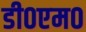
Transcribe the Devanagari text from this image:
डी०एम०